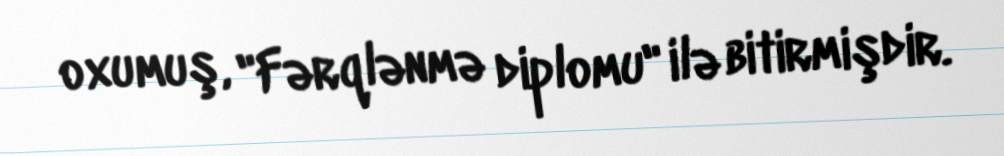
oxumuş, "Fərqlənmə diplomu" ilə bitirmişdir.